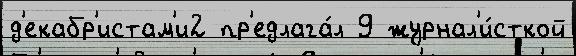
д'екабр'истам'и2 пр'едлага́л 9 журнал'и́сткой